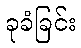
ခုခံခြင်း